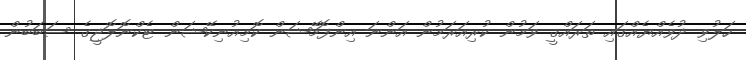
ހަލުވި ދުވެއްޔެއްގައި ތަރައްޤީ ވަމުން ކުރިއަރަމުން އަންނަ އިންފޮމޭޝަން ކޮމިއުނިކޭޝަން ޓެކްނޮލޮޖީގެ ސަބަބުން